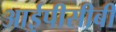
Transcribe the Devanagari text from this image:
आईपीसीबी